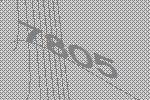
7805